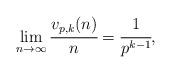
LaTeX: \begin{align*}\lim_{n \to \infty} \cfrac{v_{p,k}(n)}{n} = \cfrac{1}{p^{k-1}},\end{align*}